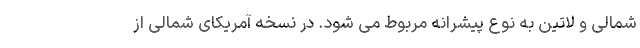
شمالی و لاتین به نوع پیشرانه مربوط می شود. در نسخه آمریکای شمالی از